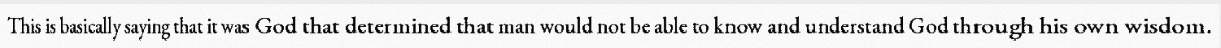
This is basically saying that it was God that determined that man would not be able to know and understand God through his own wisdom.